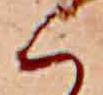
く